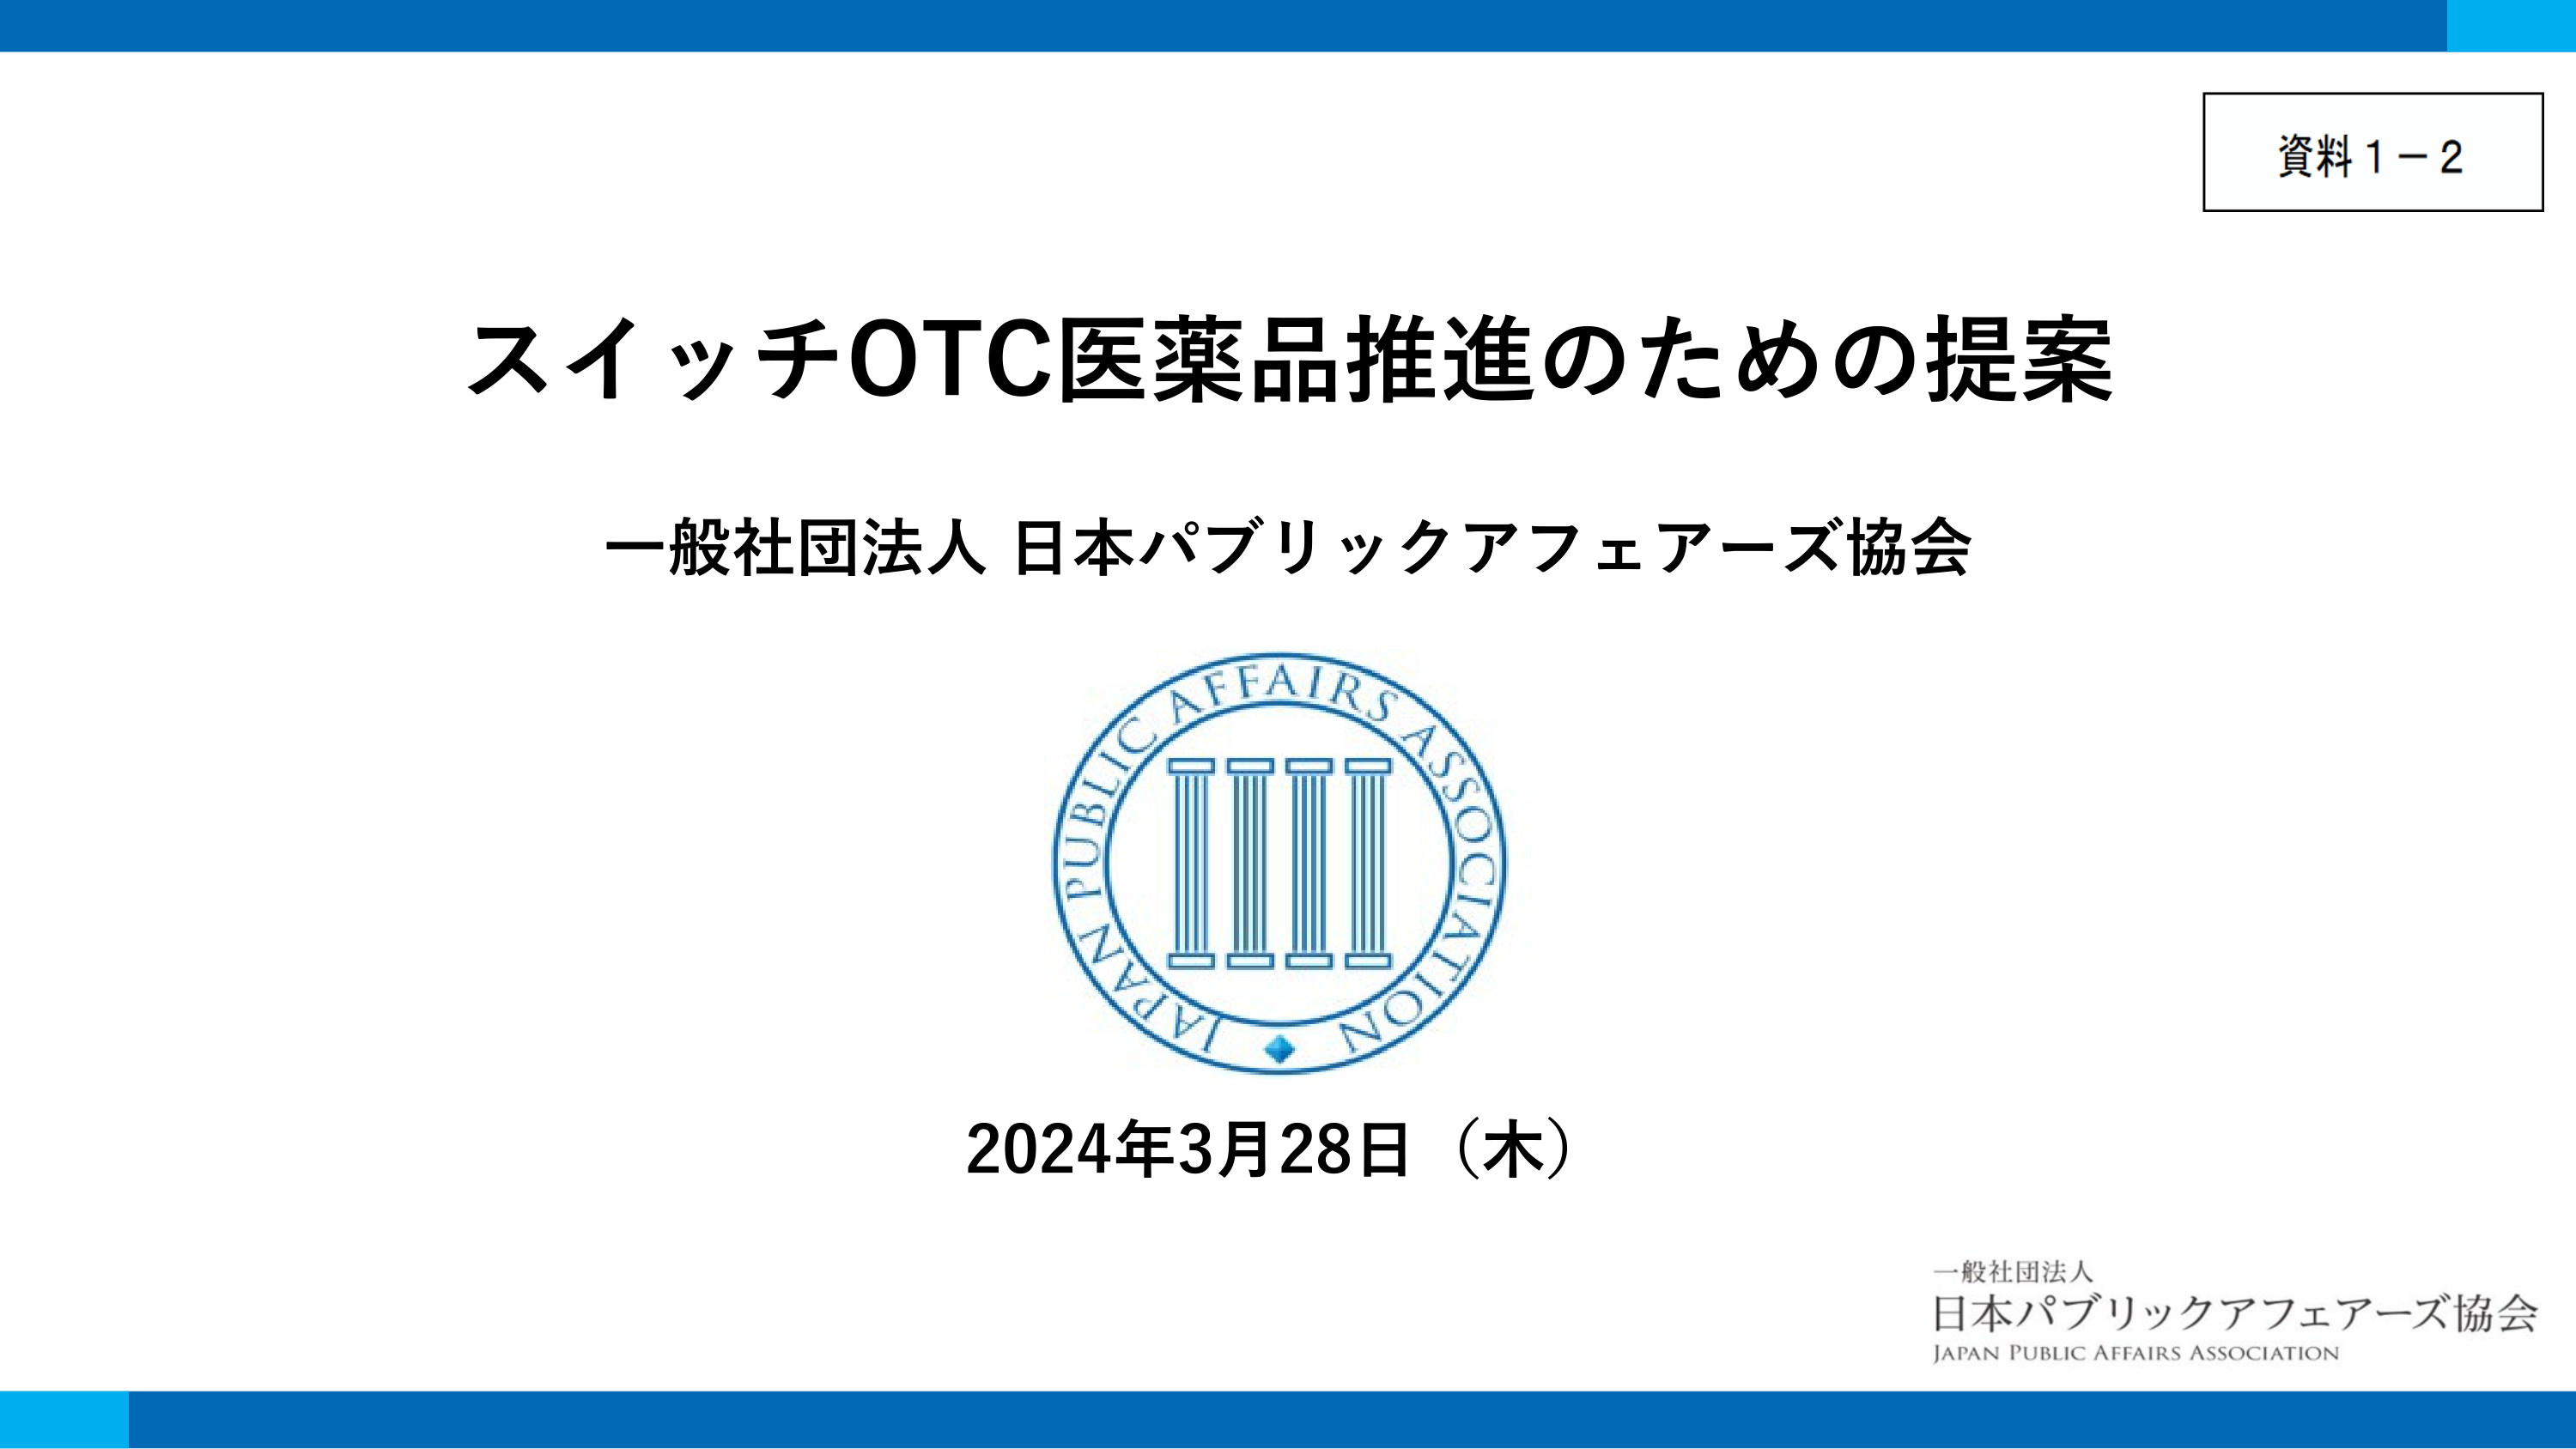
資料1－2
スイッチOTC医薬品推進のための提案
一般社団法人 日本パブリックアフェアーズ協会
JAPAN PUBLIC AFFAIRS ASSOCIATION
2024年3月28日（木）
一般社団法人
日本パブリックアフェアーズ協会
JAPAN PUBLIC AFFAIRS ASSOCIATION